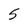
Character: 5